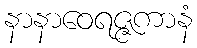
နာနာဝေရဇ္ဇကာနံ